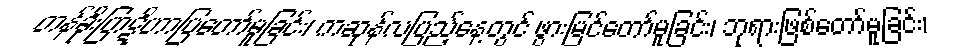
တန်ခိုးပြာဋိဟာပြတော်မူခြင်း၊ ကဆုန်လပြည့်နေ့တွင် ဖွားမြင်တော်မူခြင်း၊ ဘုရားဖြစ်တော်မူခြင်း၊